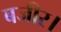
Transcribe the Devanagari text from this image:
बजीर।